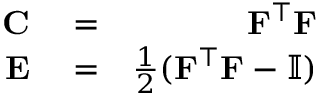
\begin{array} { r l r } { \mathbf { C } } & { { } = } & { \mathbf { F } ^ { \top } \mathbf { F } } \\ { \mathbf { E } } & { { } = } & { \frac { 1 } { 2 } ( \mathbf { F } ^ { \top } \mathbf { F } - \mathbb { I } ) } \end{array}